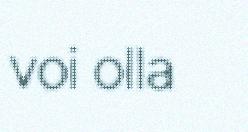
voi olla